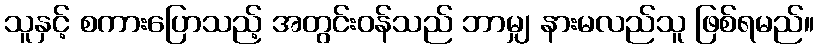
သူနှင့် စကားပြောသည့် အတွင်းဝန်သည် ဘာမျှ နားမလည်သူ ဖြစ်ရမည်။